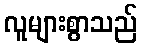
လူများစွာသည်